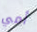
أمي